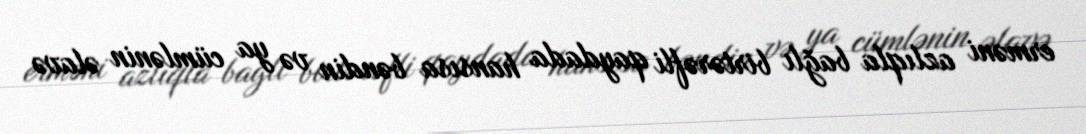
erməni azlıqla bağlı birtərəfli qaydada hansısa bəndin və ya cümlənin əlavə